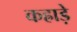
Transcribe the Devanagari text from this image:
कह्राड़े